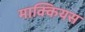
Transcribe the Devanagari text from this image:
माक्कियस